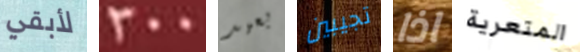
لأبقي 300 بعيد تجيبين اذا المتعرية